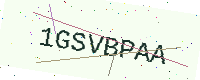
Text: 1GSVBPAA